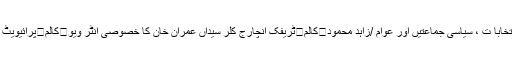
/مسعود جیلانی	کالم	بلدیاتی انتخابا ت ، سیاسی جماعتیں اور عوام /زاہد محمود	کالم	ٹریفک انچارج کلر سیداں عمران خان کا خصوصی انٹر ویو	کالم	پرائیویٹ تعلیمی ادارے‘مشن یا کاروبار ؟